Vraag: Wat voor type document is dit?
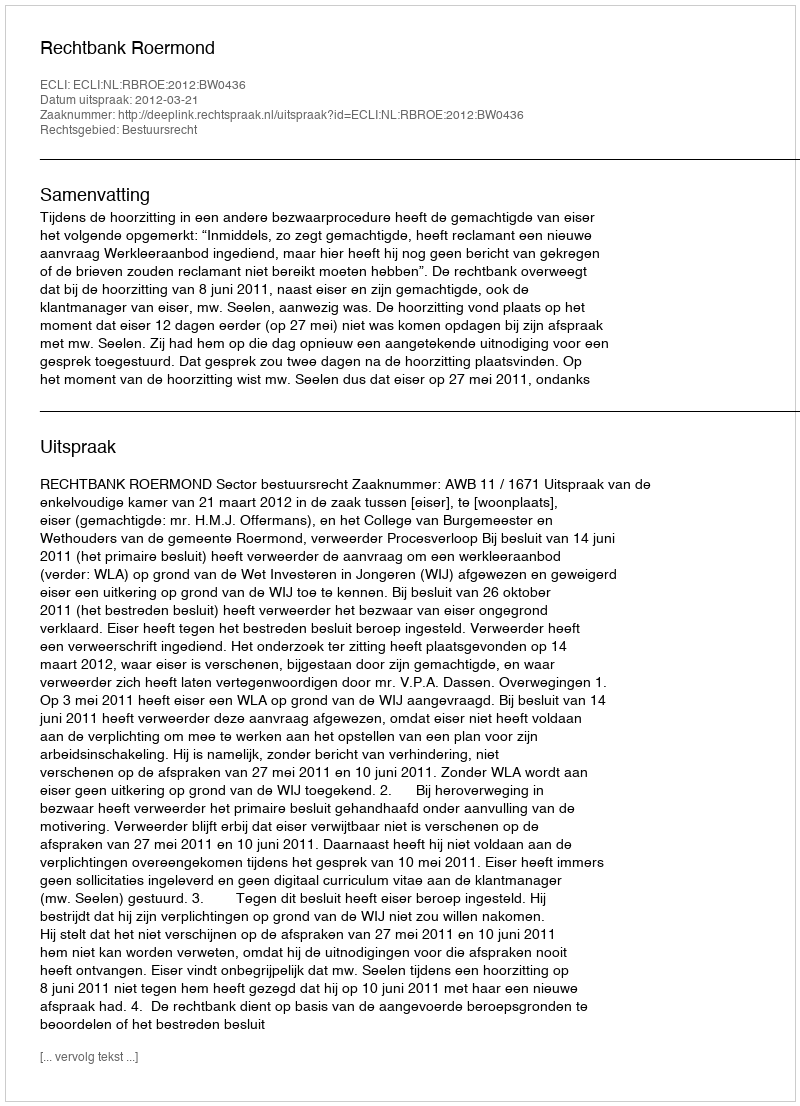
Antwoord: Uitspraak